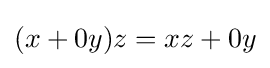
(x+0y)z=xz+0y